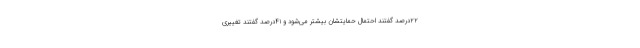
۲۲‌درصد گفتند احتمال حمایتشان بیشتر می‌شود و ۴۱درصد گفتند تغییری